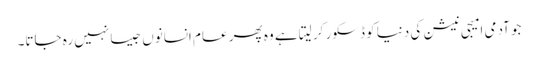
جو آدمی امیجی نیشن کی دنیا کو ڈسکور کر لیتا ہے وہ پھر عام انسانوں جیسا نہیں رہ جاتا۔